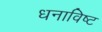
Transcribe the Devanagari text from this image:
धनाविष्ट